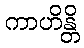
ကာဟိန္တိ